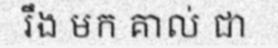
រឹង មក គាល់ ជា